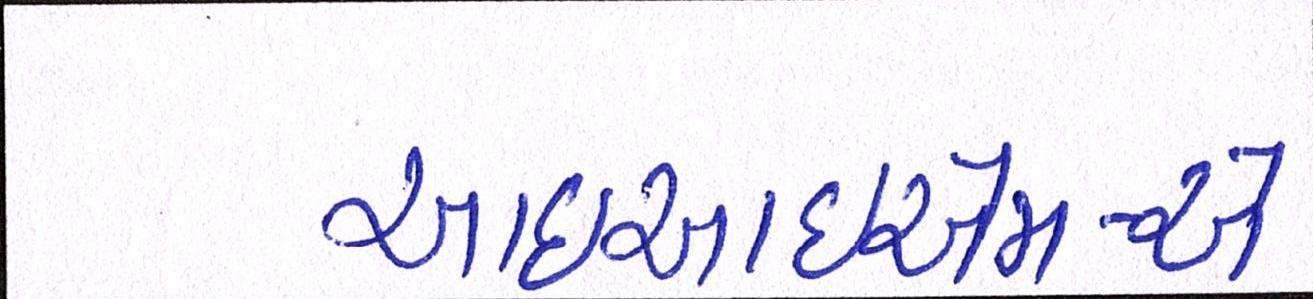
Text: આઇઆઇએમ-એ